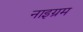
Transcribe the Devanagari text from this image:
नाइग्रम